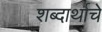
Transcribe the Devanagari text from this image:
शब्दार्थाचे